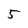
Character: 5